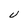
Character: U